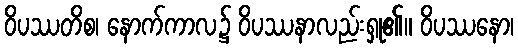
ဝိပဿတိစ၊ နောက်ကာလ၌ ဝိပဿနာလည်းရှု၏။ ဝိပဿနော၊